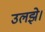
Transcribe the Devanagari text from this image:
उलझे।